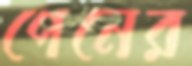
পেনের